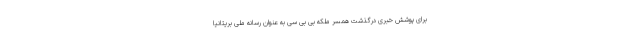
برای پوشش خبری درگذشت همسر ملکه بی بی سی به عنوان رسانه ملی بریتانیا